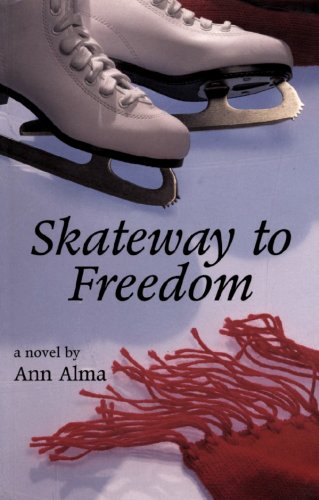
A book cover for Skateway to Freedom; Ann Alma; Teen & Young Adult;